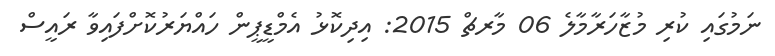
ނަމުގައި ކުރި މުޒާހަރާމާލެ 06 މާރޗް 2015: އިދިކޮޅު އެމްޑީޕީން ހައްޔަރުކޮށްފައިވާ ރައީސް